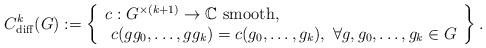
LaTeX: \begin{align*}C^k_{\rm diff}(G):=\left\{\begin{array}{l}c:G^{\times(k+1)}\to\mathbb{C}~{\rm smooth},\\ ~c(gg_0,\ldots,gg_k)=c(g_0,\ldots,g_k),\ \forall g,g_0,\ldots,g_k\in G\end{array}\right\}.\end{align*}